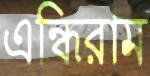
এন্ধিরাম